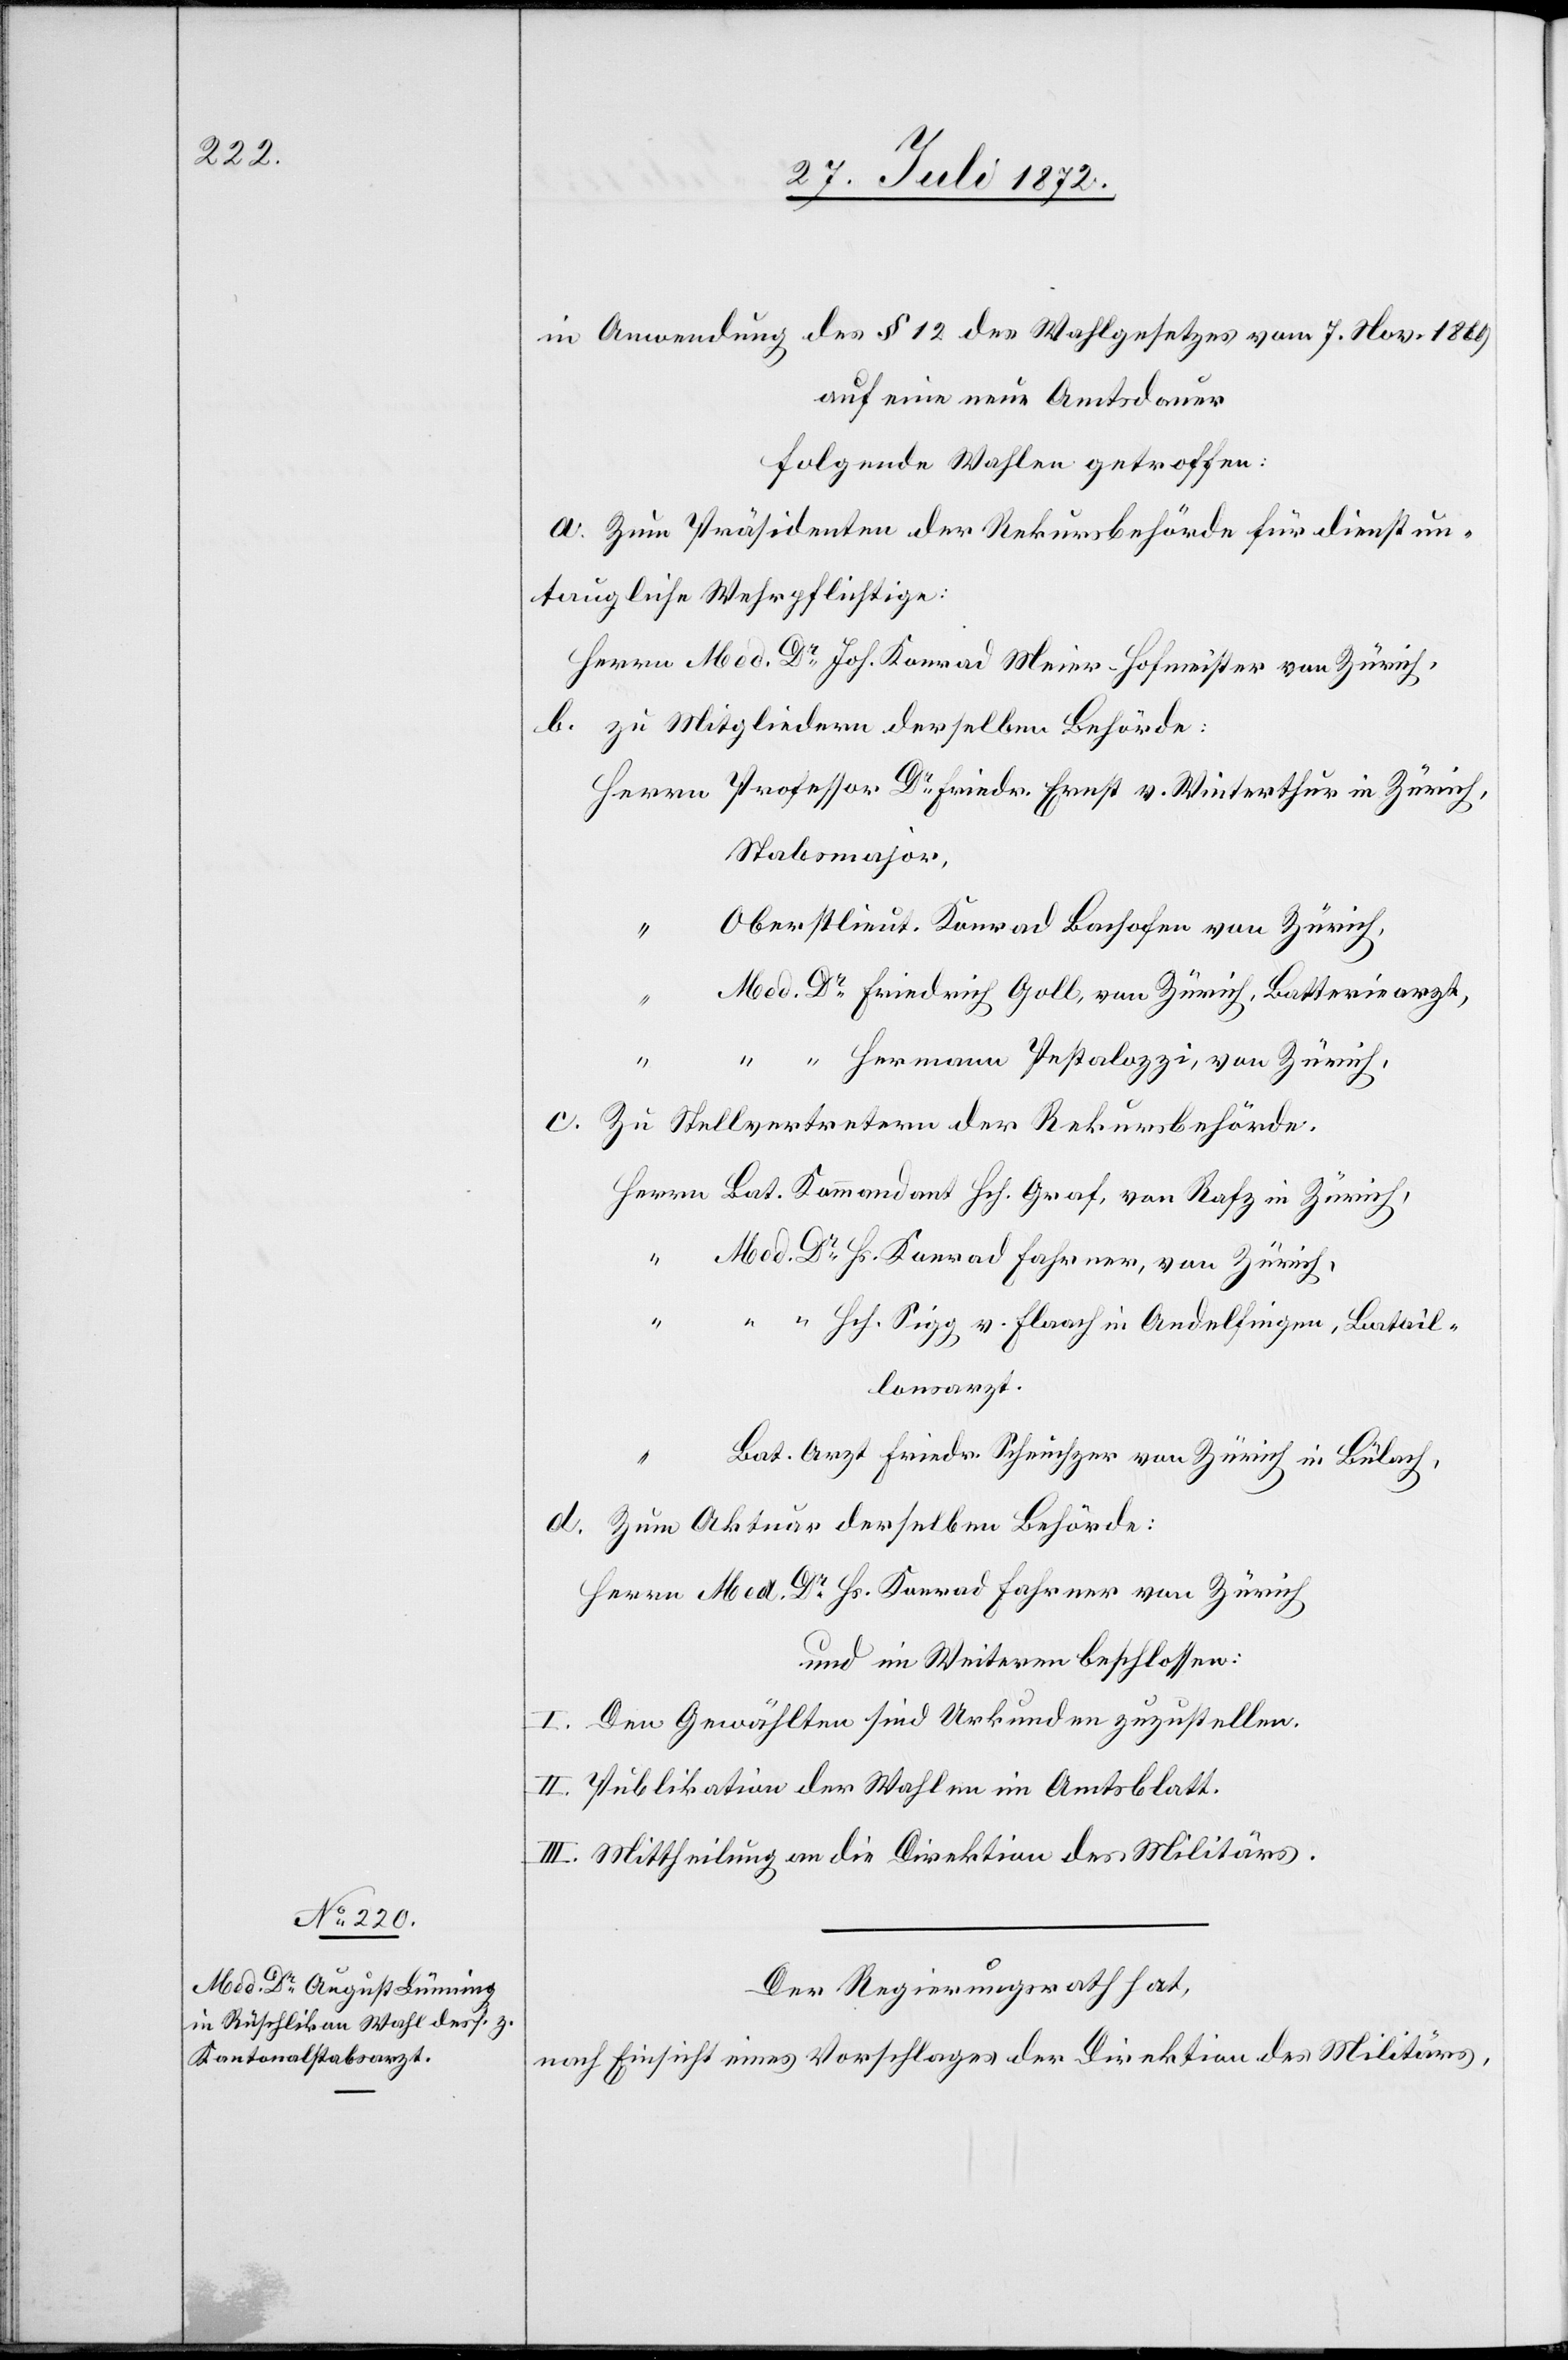
in Anwendung des § 12 des Wahlgesetzes vom 7. Nov. 1869
auf eine neue Amtsdauer
folgende Wahlen getroffen:
a. Zum Präsidenten der Rekursbehörde für dienstun¬
taugliche Wehrpflichtige:
Herrn Med. Dr Joh. Konrad Meier-Hofmeister von Zürich,
b. zu Mitgliedern derselben Behörde:
Stabsmajor,
Oberstlieut. Konrad Bachofen von Zürich,
Med. Dr Friedrich Goll, von Zürich, Batteriearzt,
“ “ Hermann Pestalozzi, von Zürich,
c. Zu Stellvertretern der Rekursbehörde.
Hch.
Med. Dr Hs. Konrad Fahrner, von Zürich
“ “ Hch. Sigg v. Flaach in Andelfingen, Batail¬
lonsarzt.
Bat. Arzt Friedr. Scheuchzer von Zürich in Bülach,
d. Zum Aktuar derselben Behörde:
Herrn Med. Dr Hs. Konrad Fahrner von Zürich
und im Weiteren beschlossen:
I. Den Gewählten sind Urkunden zuzustellen.
II. Publikation der Wahlen im Amtsblatt.
III. Mittheilung an die Direktion des Militärs.
Der Regierungsrath hat,
nach Einsicht eines Vorschlages der Direktion des Militärs,